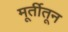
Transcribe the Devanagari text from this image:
मूर्तीतून